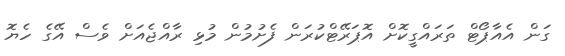
ގަން އެއާޕޯޓް ތަރައްގީކޮށް އޮޕަރޭޓްކުރަން ފެށުމުން މުޅި ރާއްޖެއަށް ވެސް އޭގެ ހެޔޮ